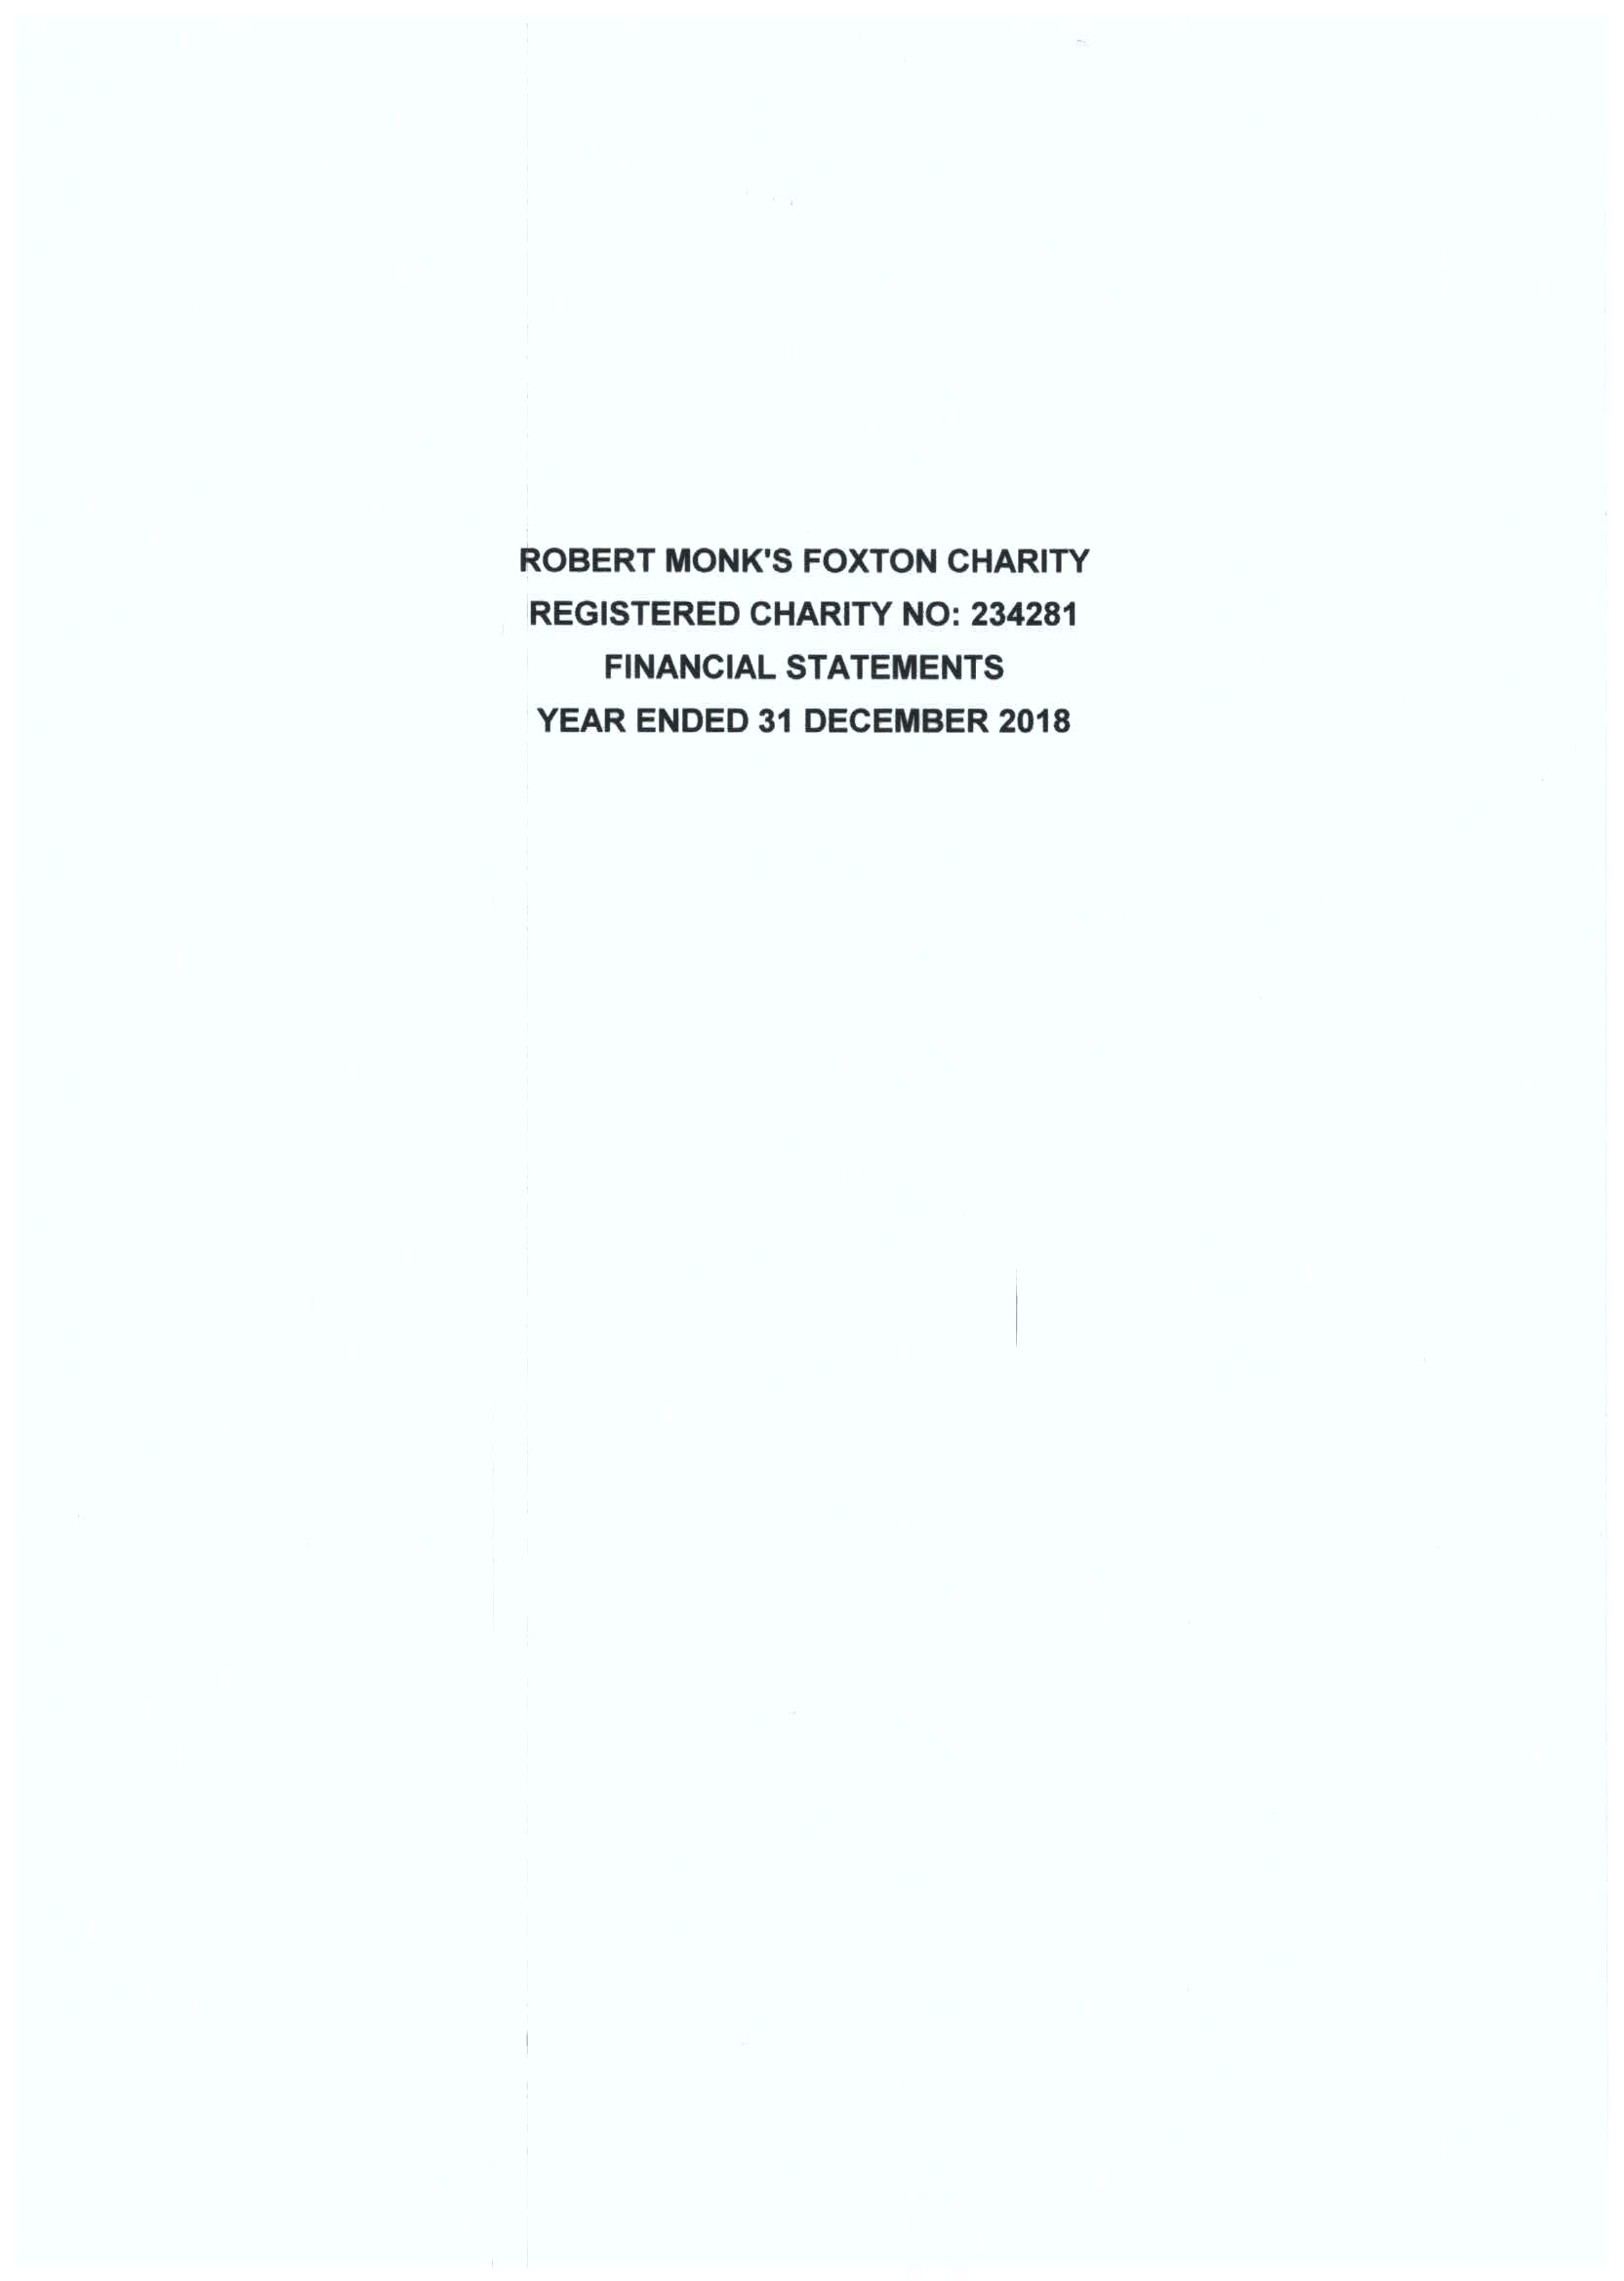
ROBERT MONK'S FOXTON CHARITY
     REGISTERED CHARITY NO: 234281
     FINANCIAL STATEMENTS
     YEAR ENDED 31 DECEMBER 2018